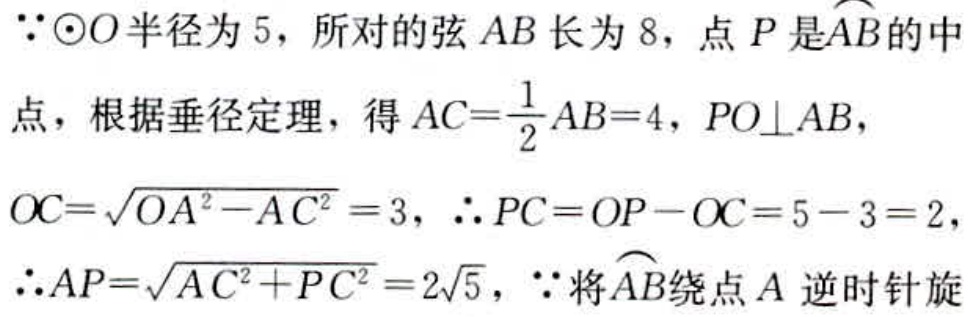
$\because\odot O$半径为$5$，所对的弦$AB$长为$8$，点$P$是$\overset{\frown}{AB}$的中
点，根据垂径定理，得$AC = \frac{1}{2}AB = 4$，$PO\perp AB$，
$OC = \sqrt{OA^{2}-AC^{2}} = 3$，$\therefore PC = OP - OC = 5 - 3 = 2$，
$\therefore AP = \sqrt{AC^{2}+PC^{2}} = 2\sqrt{5}$，$\because$将$\overset{\frown}{AB}$绕点$A$逆时针旋